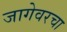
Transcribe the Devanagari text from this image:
जागेवरचा